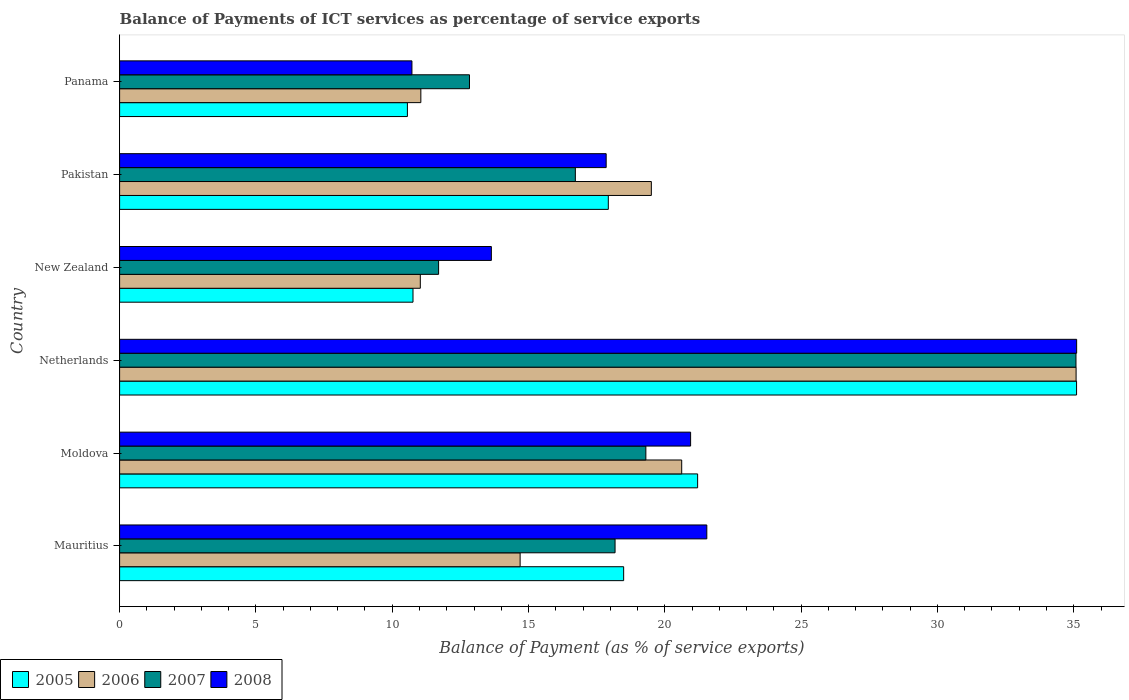
| Country | 2005 | 2006 | 2007 | 2008 |
 | --- | --- | --- | --- | --- |
 | Mauritius | 18.5 | 14.7 | 18.2 | 21.5 |
 | Moldova | 21.2 | 20.6 | 19.3 | 20.9 |
 | Netherlands | 35.1 | 35.1 | 35.1 | 35.1 |
 | New Zealand | 10.8 | 11 | 11.7 | 13.6 |
 | Pakistan | 17.9 | 19.5 | 16.7 | 17.8 |
 | Panama | 10.6 | 11 | 12.8 | 10.7 |